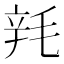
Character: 㲔